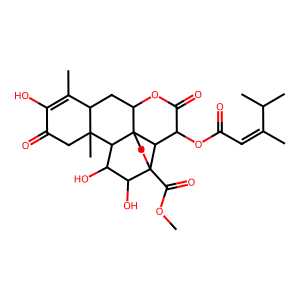
SMILES: COC(=O)C12OCC34C(CC5C(C)=C(O)C(=O)CC5(C)C3C(O)C1O)OC(=O)C(OC(=O)C=C(C)C(C)C)C24
Inhibits HIV replication: No